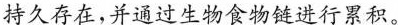
持久存在，并通过生物食物链进行累积。